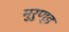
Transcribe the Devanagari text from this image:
मुरुण्ड